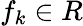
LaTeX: f_{k}\in R